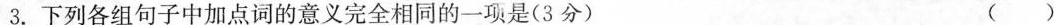
3.下列各组句子中加点词的意义完全相同的一项是（3分） （ ）